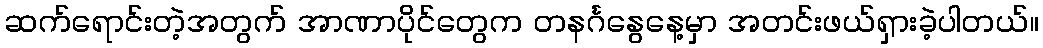
ဆက်ရောင်းတဲ့အတွက် အာဏာပိုင်တွေက တနင်္ဂနွေနေ့မှာ အတင်းဖယ်ရှားခဲ့ပါတယ်။